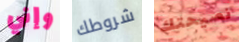
وإني شروطك نصيحتك